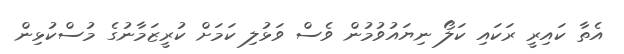
އެތާ ކައިރީ ރަކައި ކަލޯ ނިޔައުވުމުން ވެސް ވަޅުލި ކަމަށް ކުރީޒަމާނުގެ މުސްކުޅިން